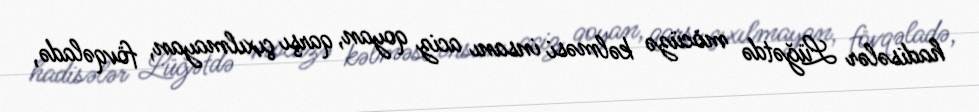
hadisələr Lüğətdə möcüzə kəlməsi insanı aciz qoyan, qarşı çıxılmayan, fövqəladə,